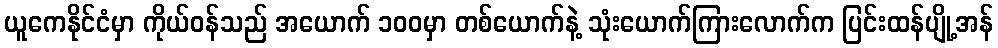
ယူကေနိုင်ငံမှာ ကိုယ်ဝန်သည် အယောက် ၁၀၀မှာ တစ်ယောက်နဲ့ သုံးယောက်ကြားလောက်က ပြင်းထန်ပျို့အန်